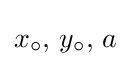
x_{\circ },\,y_{\circ },\,a